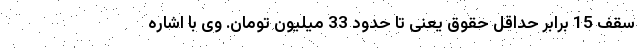
سقف 15 برابر حداقل حقوق یعنی تا حدود 33 میلیون تومان. وی با اشاره